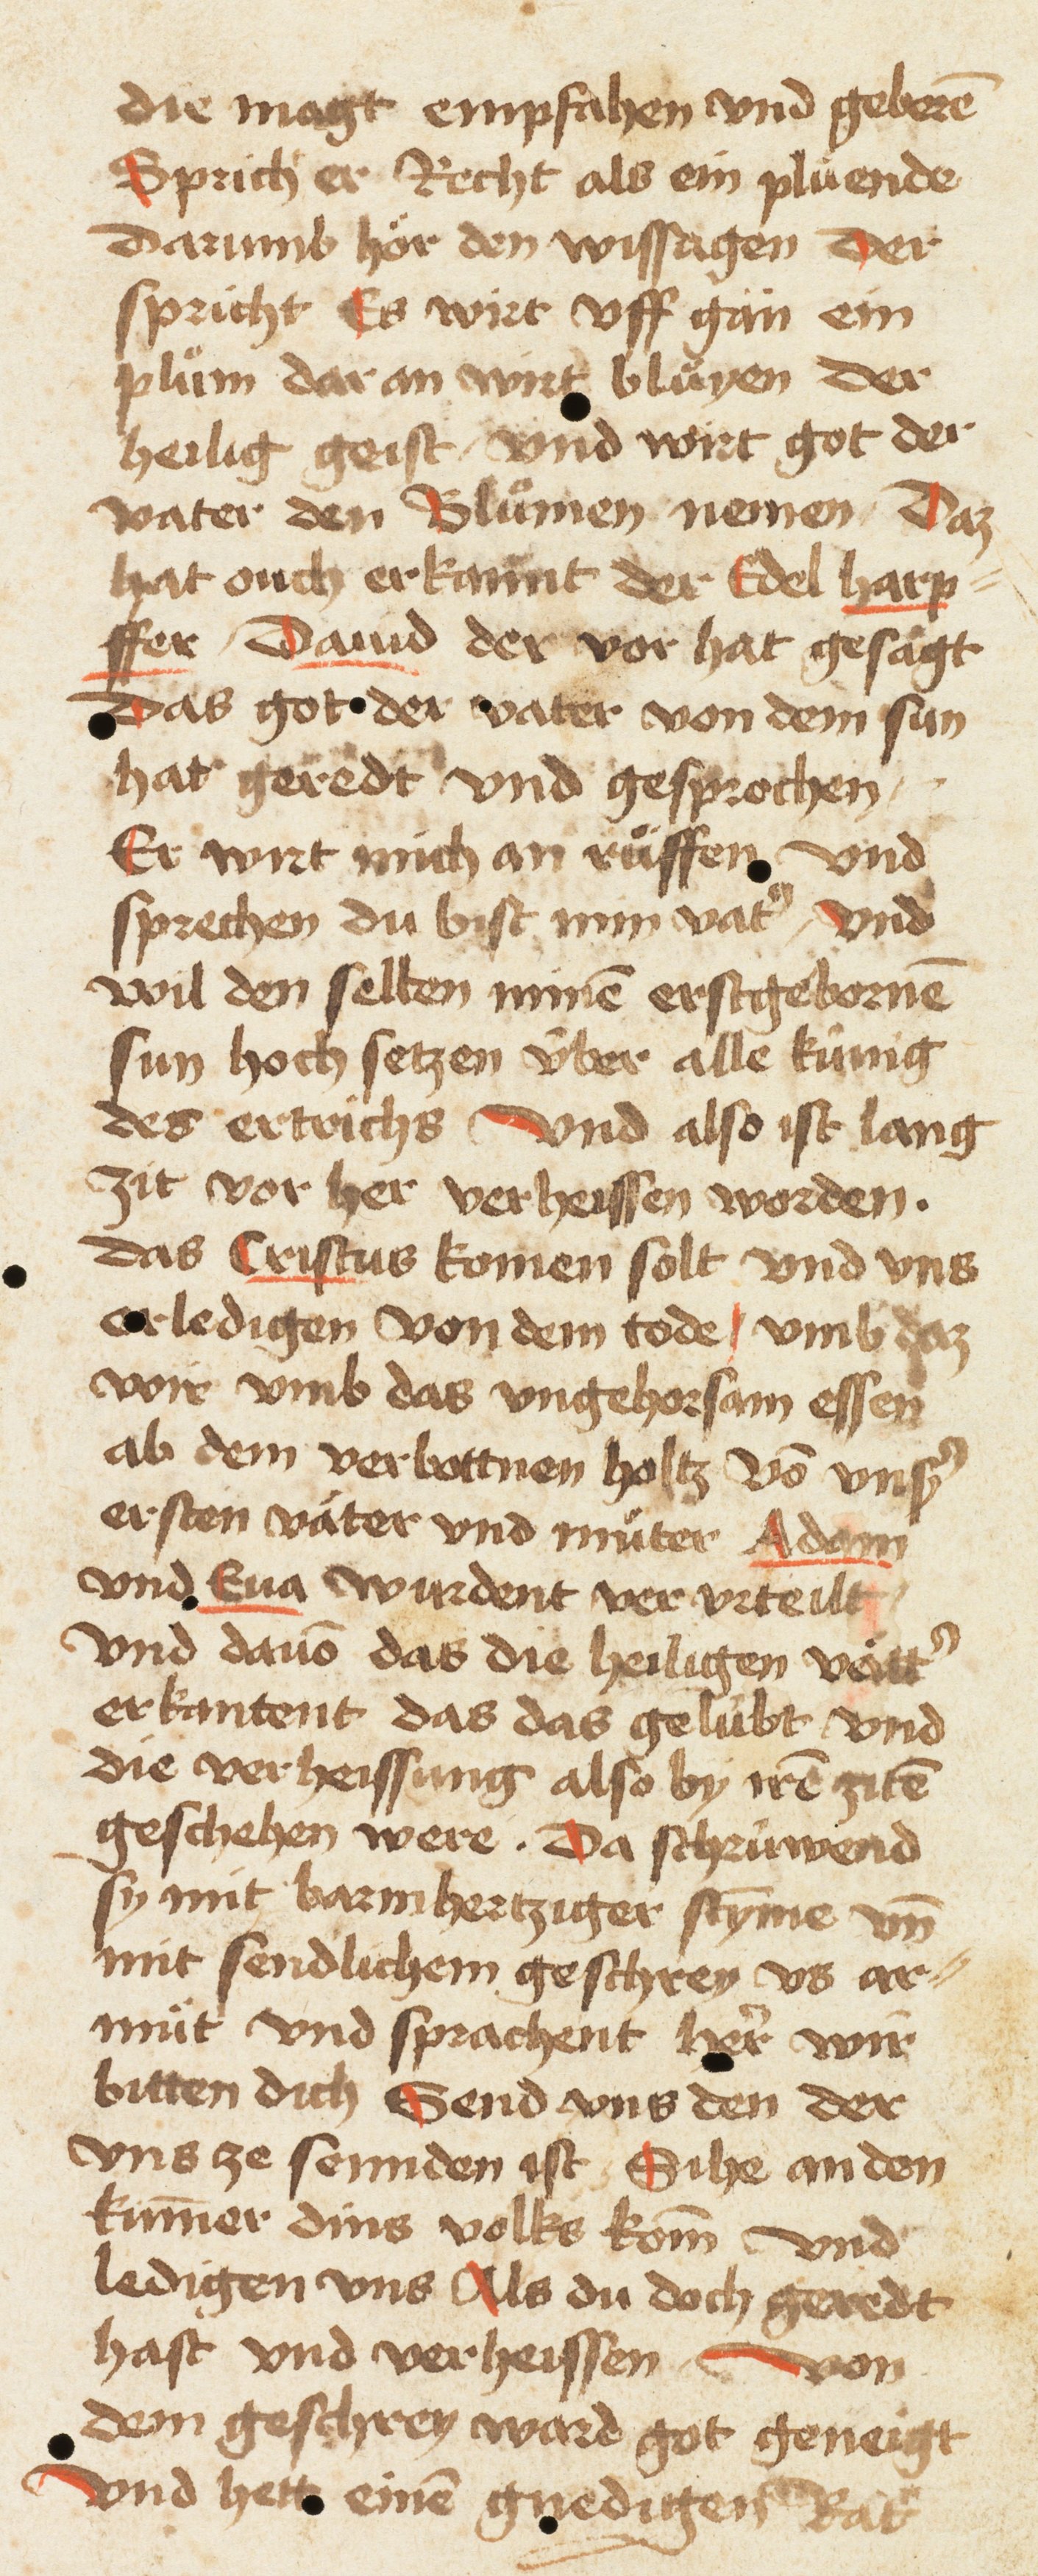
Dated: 1461–1461